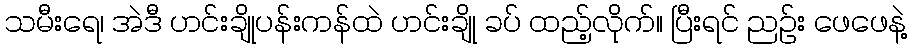
သမီးရေ၊ အဲဒီ ဟင်းချိုပန်းကန်ထဲ ဟင်းချို ခပ် ထည့်လိုက်။ ပြီးရင် ညဉ်း ဖေဖေနဲ့